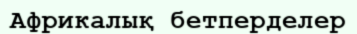
Африкалық бетперделер